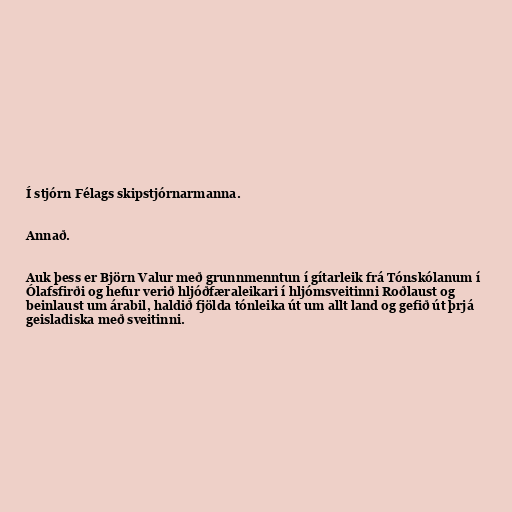
Í stjórn Félags skipstjórnarmanna.

Annað.

Auk þess er Björn Valur með grunnmenntun í gítarleik frá Tónskólanum í
Ólafsfirði og hefur verið hljóðfæraleikari í hljómsveitinni Roðlaust og
beinlaust um árabil, haldið fjölda tónleika út um allt land og gefið út þrjá
geisladiska með sveitinni.